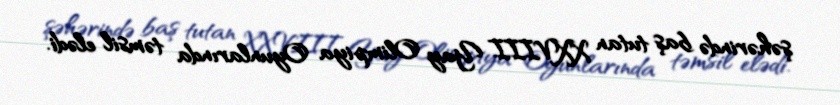
şəhərində baş tutan XXVIII Yay Olimpiya Oyunlarında təmsil elədi.